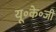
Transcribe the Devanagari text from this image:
यू॰के॰जी